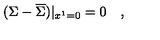
( \Sigma - \overline { { \Sigma } } ) | _ { x ^ { 1 } = 0 } = 0 \quad ,